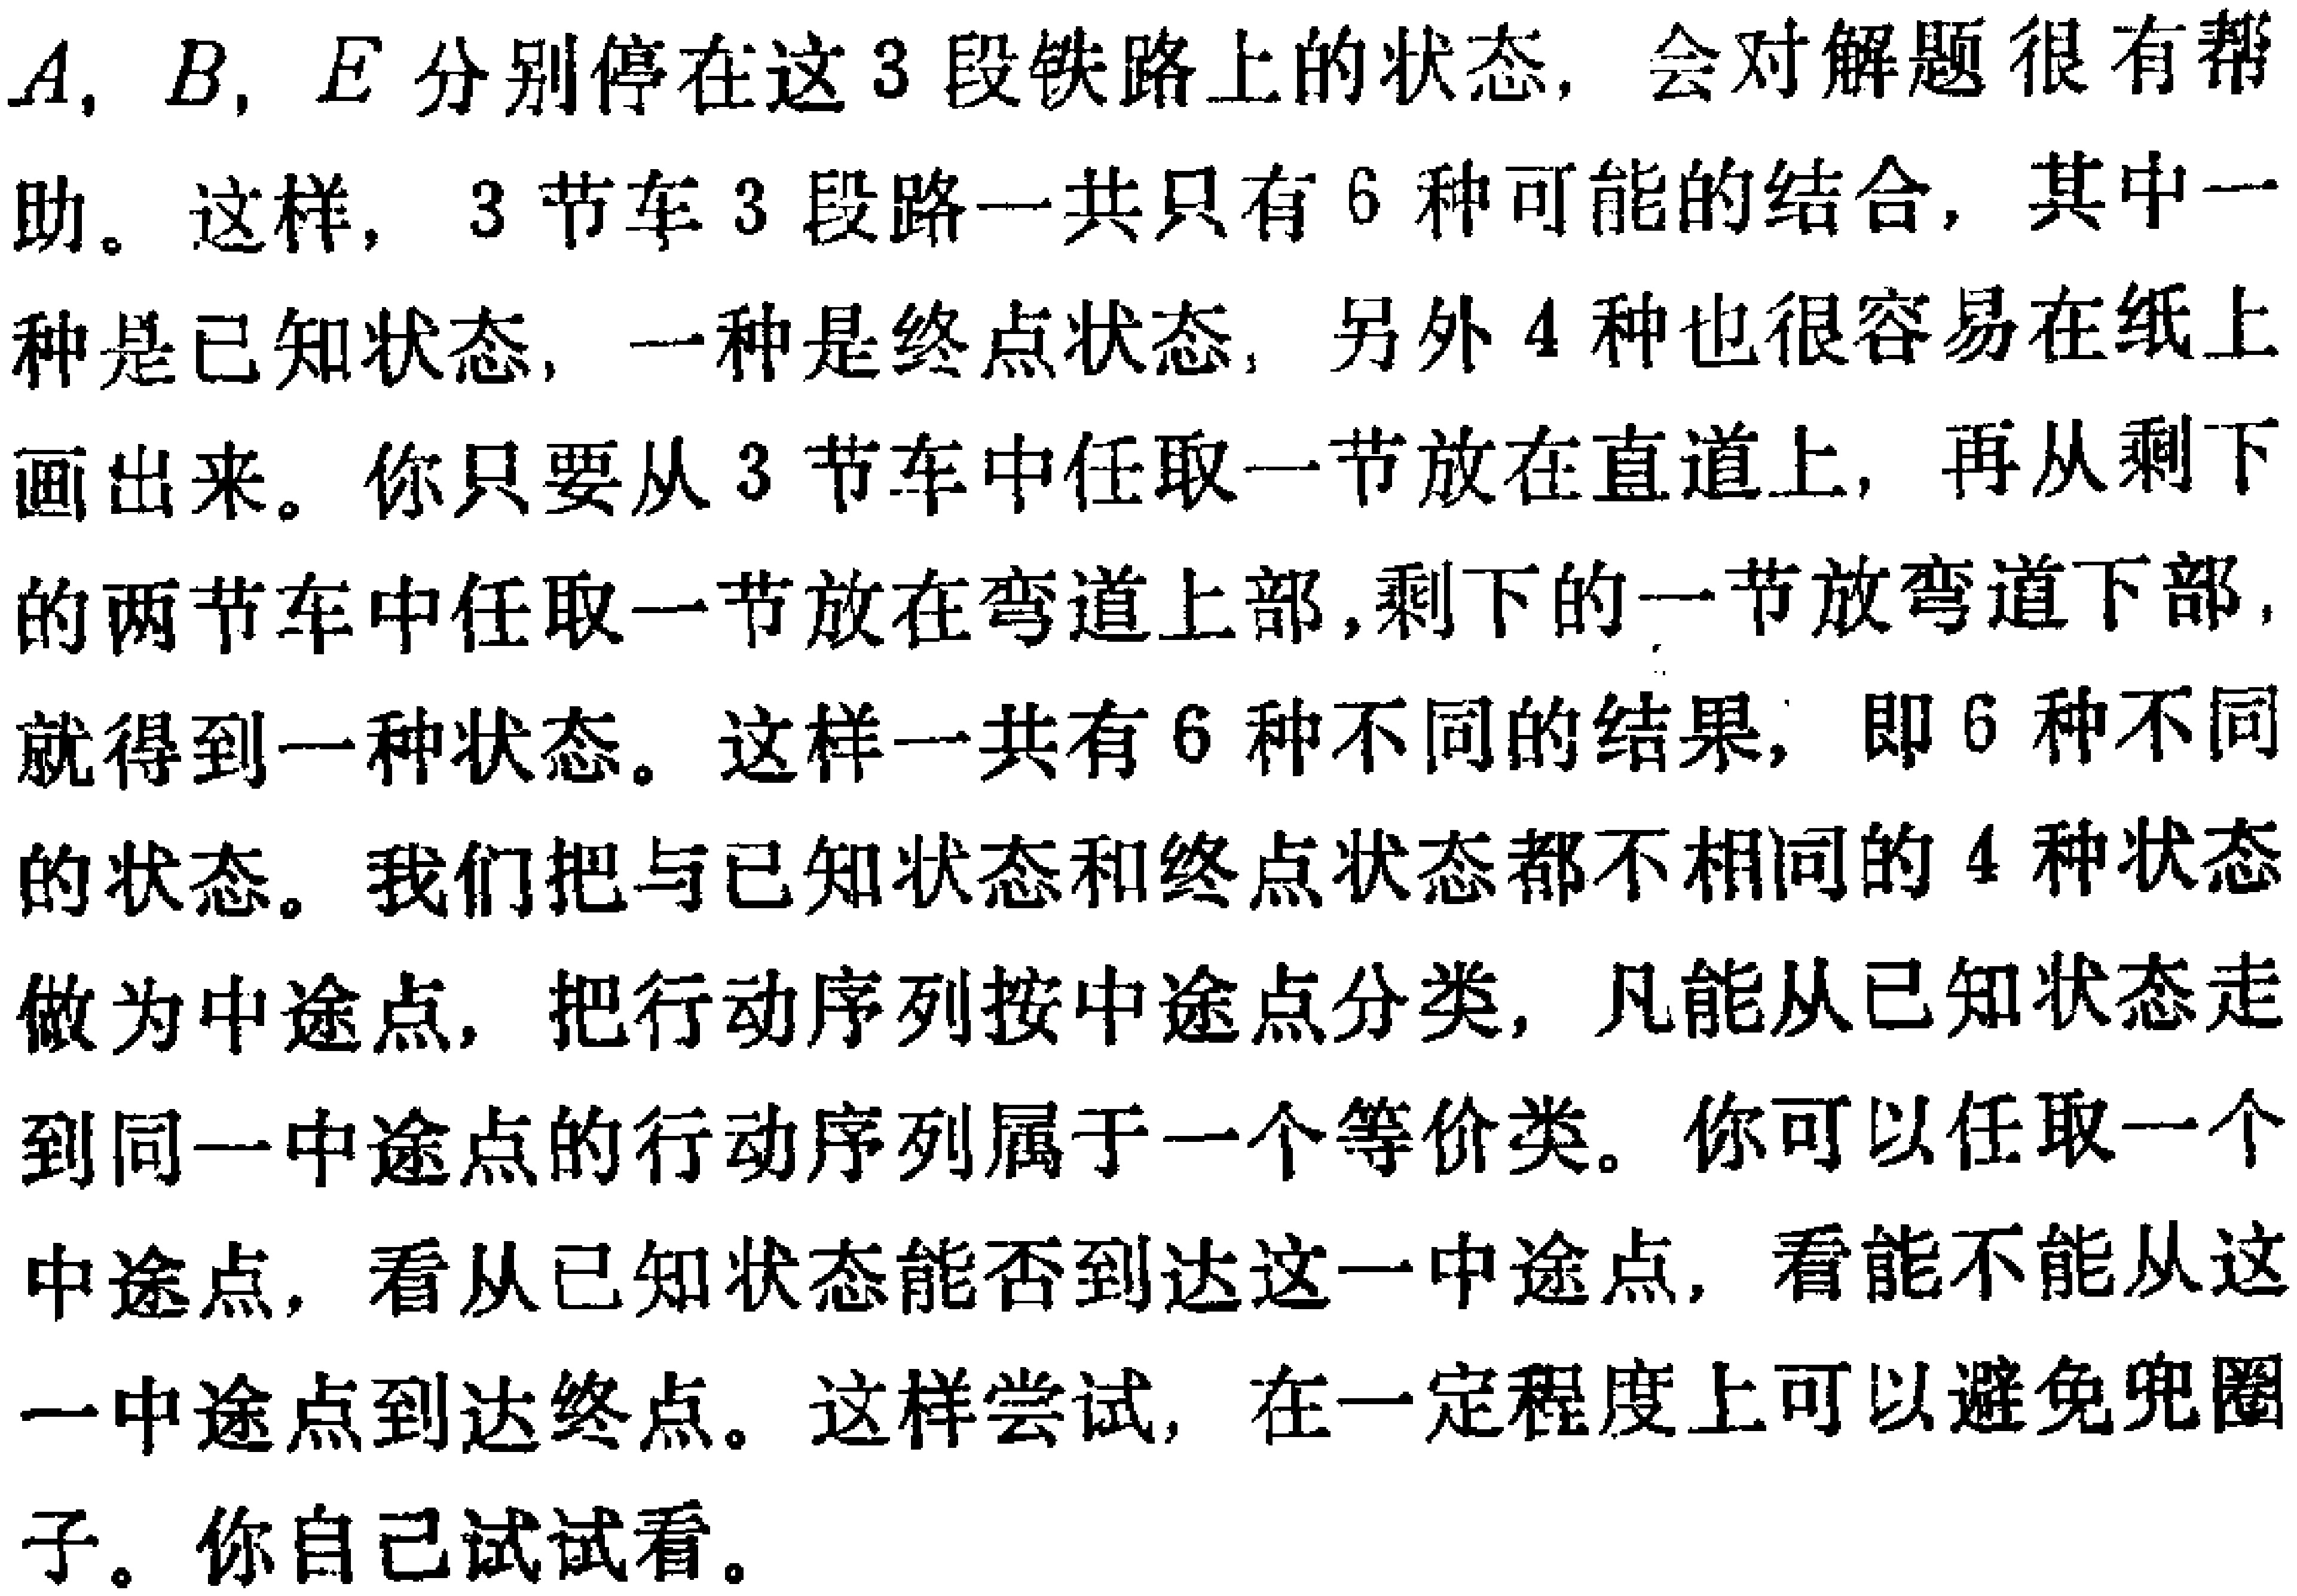
\(A, B, E\)分别停在这\(3\)段铁路上的状态，会对解题很有帮

助。这样，\(3\)节车\(3\)段路一共只有\(6\)种可能的结合，其中一

种是已知状态，一种是终点状态，另外\(4\)种也很容易在纸上

画出来。你只要从\(3\)节车中任取一节放在直道上，再从剩下

的两节车中任取一节放在弯道上部，剩下的一节放弯道下部，

就得到一种状态。这样一共有\(6\)种不同的结果，即\(6\)种不同

的状态。我们把与已知状态和终点状态都不相同的\(4\)种状态

做为中途点，把行动序列按中途点分类，凡能从已知状态走

到同一中途点的行动序列属于一个等价类。你可以任取一个

中途点，看从已知状态能否到达这一中途点，看能不能从这

一中途点到达终点。这样尝试，在一定程度上可以避免兜圈

子。你自己试试看。